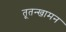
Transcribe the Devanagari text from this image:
तूतन्खामन